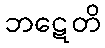
ဘဋေတိ